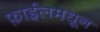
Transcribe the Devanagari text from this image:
फ़ाईलमधून